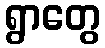
ရွာတွေ